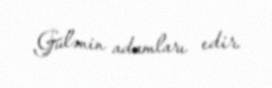
Gülənin adamları edir.